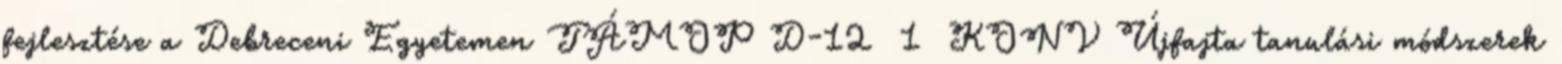
fejlesztése a Debreceni Egyetemen TÁMOP D-12 1 KONV Újfajta tanulási módszerek